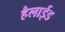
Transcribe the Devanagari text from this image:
हैलाईड